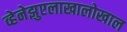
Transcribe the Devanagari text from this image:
व्हेनेझुएलाखालोखाल